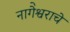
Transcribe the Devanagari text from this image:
नागेेश्वराचे